Vaccination returns of the Province of Eastern Bengal and Assam - 1905-1912
Year: 1905
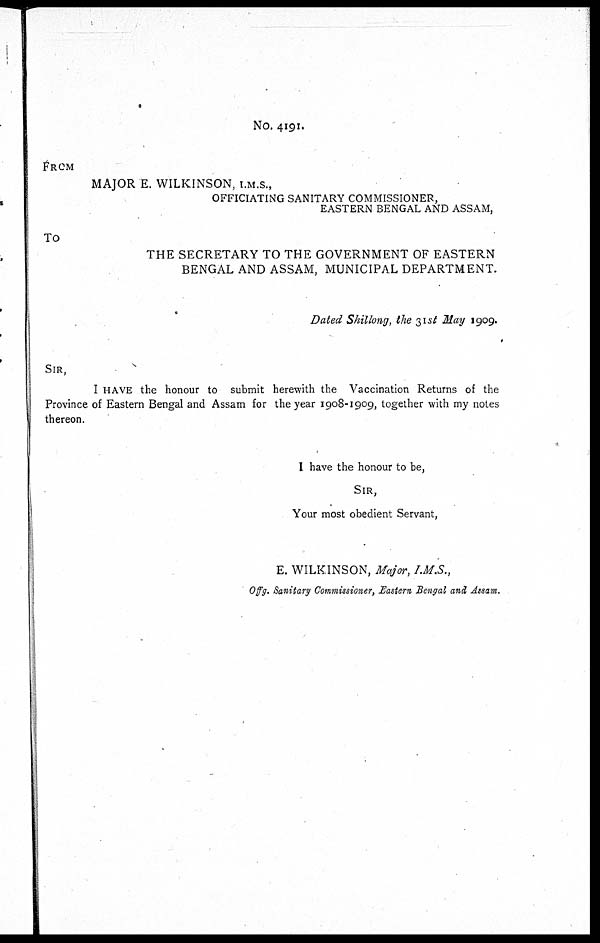
No. 4191.
FROM
MAJOR E. WILKINSON, I.M.S.,
OFFICIATING SANITARY COMMISSIONER,
EASTERN BENGAL AND ASSAM,
To
THE SECRETARY TO THE GOVERNMENT OF EASTERN
BENGAL AND ASSAM, MUNICIPAL DEPARTMENT.
Dated Shillong, the 31st May 1909.
SIR,
I HAVE the honour to submit herewith the Vaccination Returns of the
Province of Eastern Bengal and Assam for the year 1908-1909, together with my notes
thereon.
I have the honour to be,
SIR,
Your most obedient Servant,
E. WILKINSON, Major, I.M.S.,
Offg. Sanitary Commissioner, Eastern Bengal and Assam.